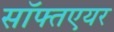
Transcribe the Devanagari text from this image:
सॉफ्तएयर